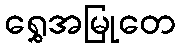
ရွှေအမြုတေ